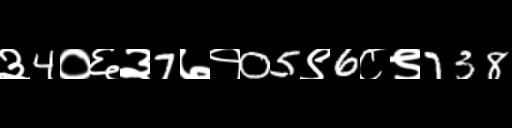
Text: ३4०६३7७१05९6८९738